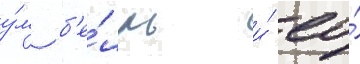
у́м б'е́лль и́ ео́